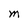
Character: M